Document type: Pledge
Year: 1265
Scribe: Pere Marc
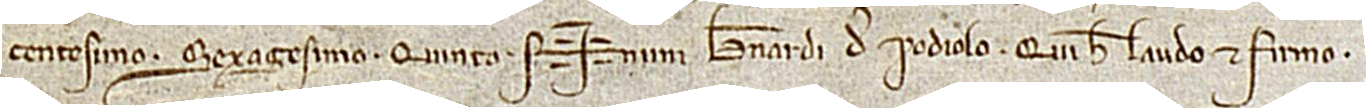
centesimo sexagesimo quinto.  Sig+num Bernardi de Podiolo, qui hec laudo et firmo.